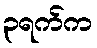
၃ရက်က